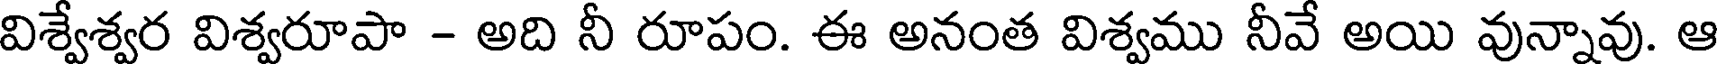
విశ్వేశ్వర విశ్వరూపా - అది నీ రూపం. ఈ అనంత విశ్వము నీవే అయి వున్నావు. ఆ